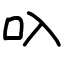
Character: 叺